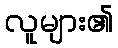
လူများ၏